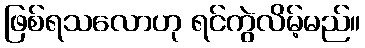
ဖြစ်ရသလောဟု ရင်ကွဲလိမ့်မည်။